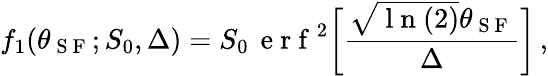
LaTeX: f_{1}(\theta_{\mathrm{~S~F~}};S_{0},\Delta)=S_{0}\, \mathrm{~e~r~f~}^{2}\biggl[\frac{\sqrt{\mathrm{~l~n~}(2)}\theta_{\mathrm{~S~F~}}}{\Delta}\biggr]\, ,